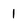
Character: 1